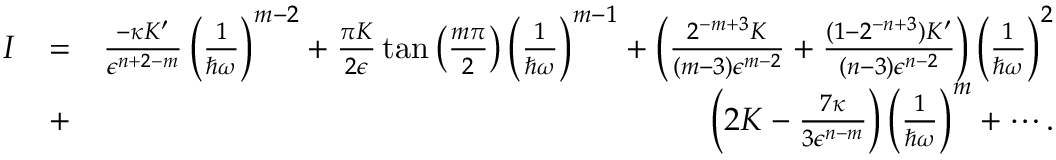
\begin{array} { r l r } { I } & { = } & { \frac { - \kappa K ^ { \prime } } { \epsilon ^ { n + 2 - m } } \left( \frac { 1 } { \hbar \omega } \right) ^ { m - 2 } + \frac { \pi K } { 2 \epsilon } \tan \left( \frac { m \pi } { 2 } \right) \left( \frac { 1 } { \hbar \omega } \right) ^ { m - 1 } + \left( \frac { 2 ^ { - m + 3 } K } { ( m - 3 ) \epsilon ^ { m - 2 } } + \frac { ( 1 - 2 ^ { - n + 3 } ) K ^ { \prime } } { ( n - 3 ) \epsilon ^ { n - 2 } } \right) \left( \frac { 1 } { \hbar \omega } \right) ^ { 2 } } \\ & { + } & { \left( 2 K - \frac { 7 \kappa } { 3 \epsilon ^ { n - m } } \right) \left( \frac { 1 } { \hbar \omega } \right) ^ { m } + \cdots . } \end{array}